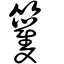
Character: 籰